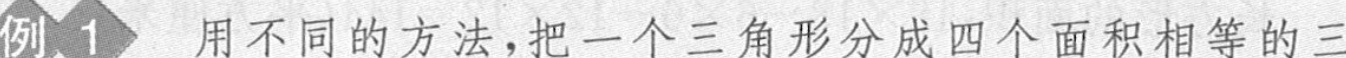
例1用不同的方法，把一个三角形分成四个面积相等的三